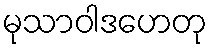
မုသာဝါဒဟေတု